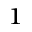
^ { 1 }